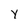
Character: Y